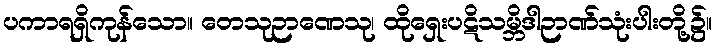
ပကာရရှိကုန်သော။ တေသုဉာဏေသု၊ ထိုရှေးပဋိသမ္ဘိဒါဉာဏ်သုံးပါးတို့၌။